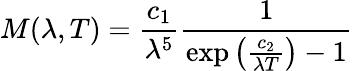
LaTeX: M(\lambda,T)={\frac{c_{1}}{\lambda^{5}}}{\frac{1}{\exp\left({\frac{c_{2}}{\lambda T}}\right)-1}}